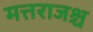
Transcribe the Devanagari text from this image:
मत्तराजश्च